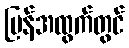
ပြန်အထွက်တွင်